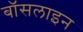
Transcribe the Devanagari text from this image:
बॉसलाइन